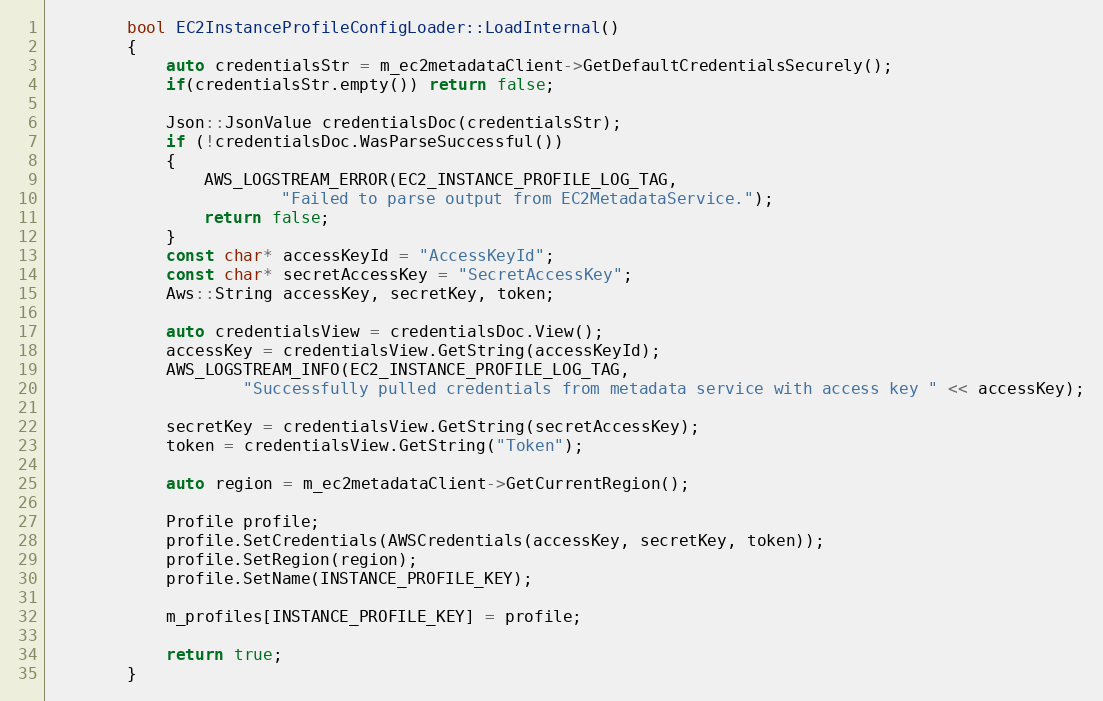
Language: C++
        bool EC2InstanceProfileConfigLoader::LoadInternal()
        {
            auto credentialsStr = m_ec2metadataClient->GetDefaultCredentialsSecurely();
            if(credentialsStr.empty()) return false;

            Json::JsonValue credentialsDoc(credentialsStr);
            if (!credentialsDoc.WasParseSuccessful())
            {
                AWS_LOGSTREAM_ERROR(EC2_INSTANCE_PROFILE_LOG_TAG,
                        "Failed to parse output from EC2MetadataService.");
                return false;
            }
            const char* accessKeyId = "AccessKeyId";
            const char* secretAccessKey = "SecretAccessKey";
            Aws::String accessKey, secretKey, token;

            auto credentialsView = credentialsDoc.View();
            accessKey = credentialsView.GetString(accessKeyId);
            AWS_LOGSTREAM_INFO(EC2_INSTANCE_PROFILE_LOG_TAG,
                    "Successfully pulled credentials from metadata service with access key " << accessKey);

            secretKey = credentialsView.GetString(secretAccessKey);
            token = credentialsView.GetString("Token");

            auto region = m_ec2metadataClient->GetCurrentRegion();

            Profile profile;
            profile.SetCredentials(AWSCredentials(accessKey, secretKey, token));
            profile.SetRegion(region);
            profile.SetName(INSTANCE_PROFILE_KEY);

            m_profiles[INSTANCE_PROFILE_KEY] = profile;

            return true;
        }